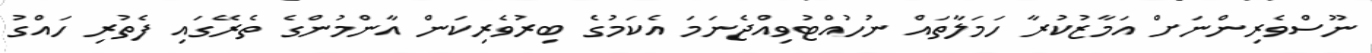
ނޫސްވެރިންނަށް އަމާޒުކުރާ ހަމަލާތައް ނުހުއްޓުވިއްޖެނަމަ އެކަމުގެ ބިރުވެރިކަން އާންމުންގެ ތެރޭގައި ފެތުރި ހައްގު